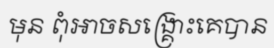
មុន ពុំអាចសង្គ្រោះគេបាន